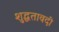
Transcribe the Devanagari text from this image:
शुद्धतावदी